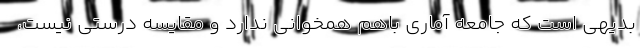
بدیهی است که جامعه آماری باهم همخوانی ندارد و مقایسه درستی نیست،